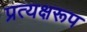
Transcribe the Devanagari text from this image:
प्रत्यक्षरूप